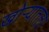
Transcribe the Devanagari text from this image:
खोर्‍यातला